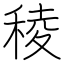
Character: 稜